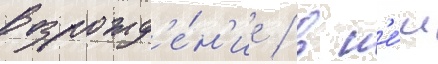
возрожд'е́н'ие / в н'е́м